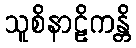
သူစိနာဠိကန္တိ